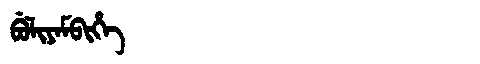
Manchu: ᠪᡠᠯᡳᠶᠠᠮᠪᡳᡥᡝ
Romanization: BULIYAMBIHE